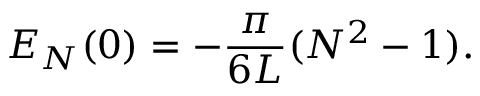
E _ { N } ( 0 ) = - \frac { \pi } { 6 L } ( N ^ { 2 } - 1 ) .